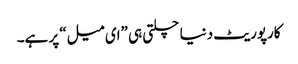
کارپوریٹ دنیا چلتی ہی ”ای میل“ پر ہے۔